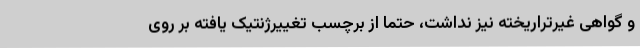
و گواهی غیرتراریخته نیز نداشت، حتما از برچسب تغییرژنتیک یافته بر روی